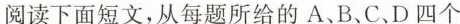
阅读下面短文,从每题所给的A、B、C、D四个